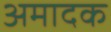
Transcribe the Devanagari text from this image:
अमादक